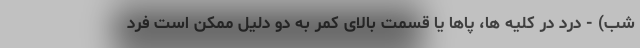
شب) - درد در کلیه ها، پاها یا قسمت بالای کمر به دو دلیل ممکن است فرد